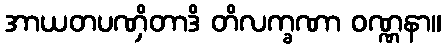
အာယတပဏှိတာဒိ တိလက္ခဏာ ဝဏ္ဏနာ။